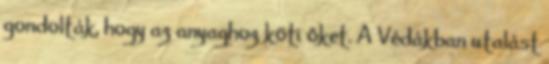
gondolták, hogy az anyaghoz köti őket. A Védákban utalást